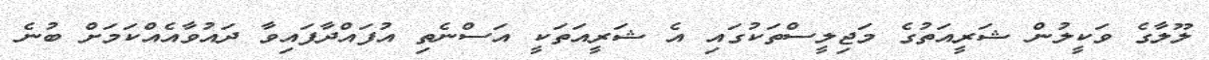
ލޫލާގެ ވަކީލުން ޝަރީއަތުގެ މަޖިލީސްތަކުގައި އެ ޝަރީއަތަކީ އަސްނެތި އުފައްދާފައިވާ ދައުވާއެއްކަމަށް ބުނެ